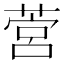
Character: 𦵡